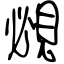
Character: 覕